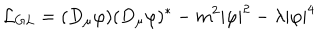
LaTeX: { \cal L } _ { G L } = ( D _ { \mu } \varphi ) ( D _ { \mu } \varphi ) ^ { \ast } - m ^ { 2 } | \varphi | ^ { 2 } - \lambda | \varphi | ^ { 4 }